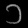
Digit: ၁